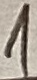
Text: 1